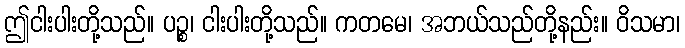
ဤငါးပါးတို့သည်။ ပဉ္စ၊ ငါးပါးတို့သည်။ ကတမေ၊ အဘယ်သည်တို့နည်း။ ဝိသမာ၊